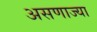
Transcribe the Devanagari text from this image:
असणाज्या